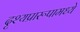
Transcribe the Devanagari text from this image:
दृश्यप्रारूपामध्ये